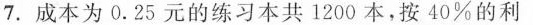
7.成本为0.25元的练习本共1200本，按40%的利